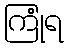
ကြုံရ